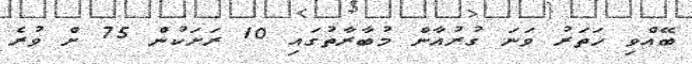
ބޭއްވި ހަތަރު ވަނަ ގުރުއާން މުބާރާތުގައި 10 ރަށަކުން 75 ށް ވުރެ